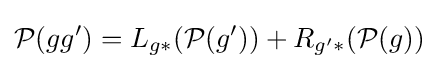
{\mathcal {P}}(gg')=L_{g\ast }({\mathcal {P}}(g'))+R_{g'\ast }({\mathcal {P}}(g))